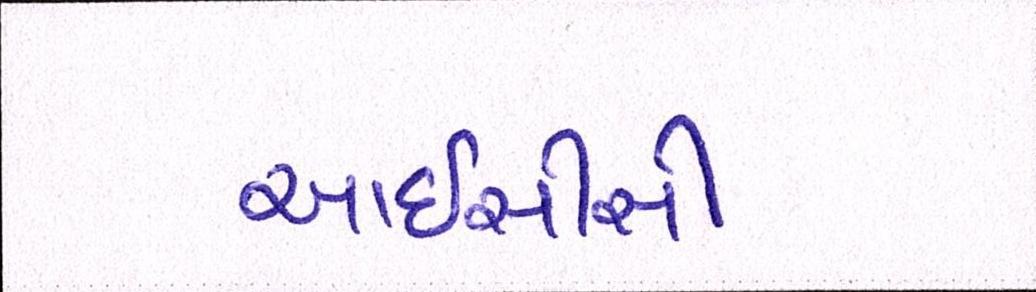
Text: આઇસીસી